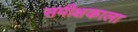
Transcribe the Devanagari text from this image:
समीक्षकाला